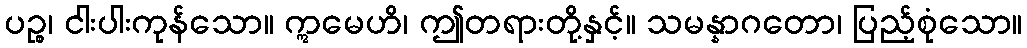
ပဉ္စ၊ ငါးပါးကုန်သော။ ဣမေဟိ၊ ဤတရားတို့နှင့်။ သမန္နာဂတော၊ ပြည့်စုံသော။